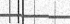
٧٧